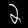
Label: 2